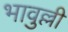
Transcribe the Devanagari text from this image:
भावुल्ली